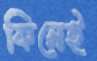
কিনেই